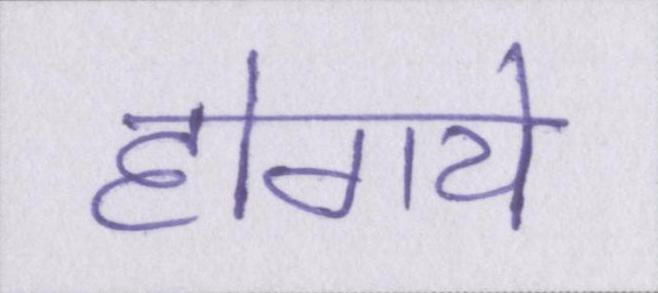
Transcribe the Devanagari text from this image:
होगये